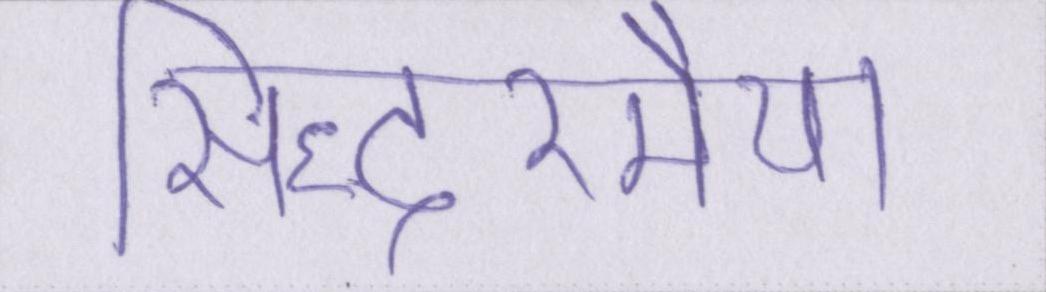
सिद्धरमैया